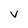
Character: v